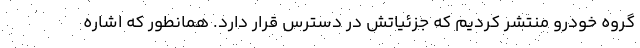
گروه خودرو منتشر کردیم که جزئیاتش در دسترس قرار دارد. همانطور که اشاره